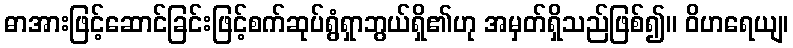
ဓာအားဖြင့်ဆောင်ခြင်းဖြင့်စက်ဆုပ်ရွံရှာဘွယ်ရှိ၏ဟု အမှတ်ရှိသည်ဖြစ်၍။ ဝိဟရေယျ၊